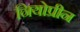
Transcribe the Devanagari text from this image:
नियोप्रीन